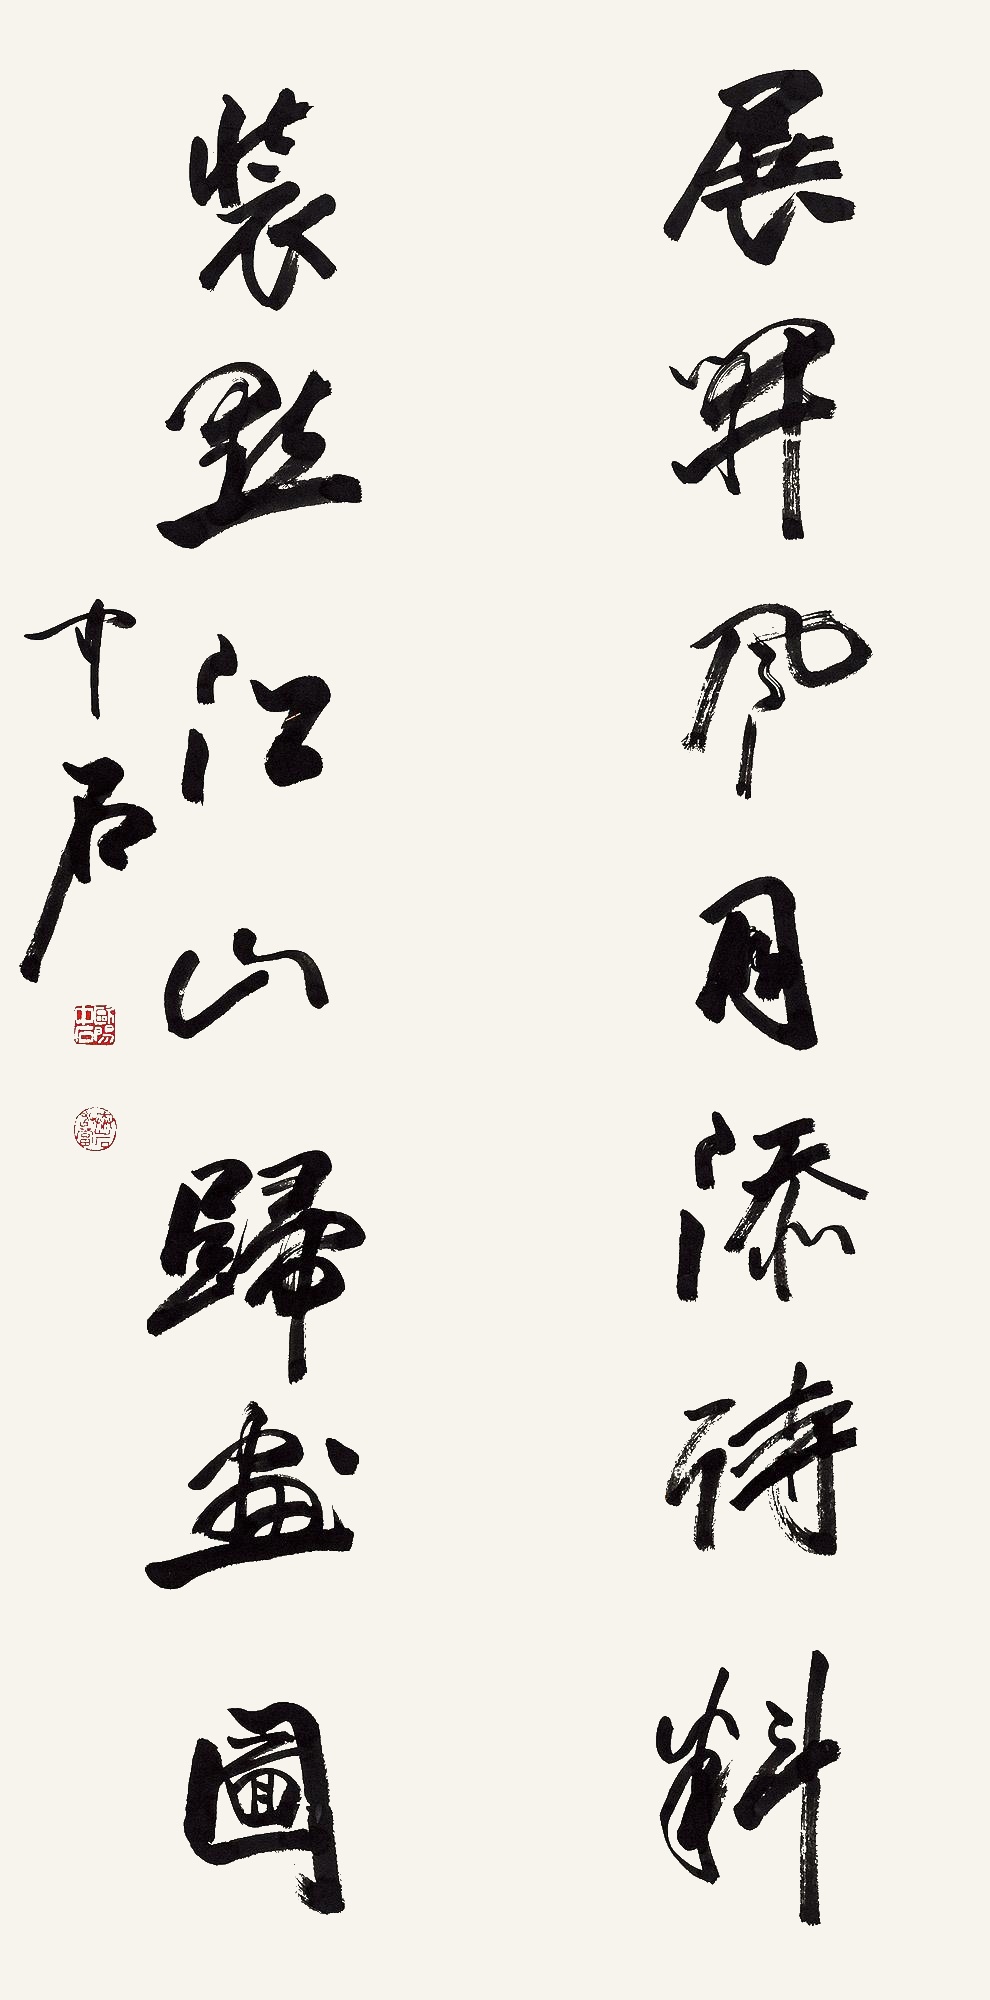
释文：展开风月添诗料，装点江山归画图。中石。